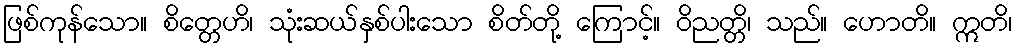
ဖြစ်ကုန်သော။ စိတ္တေဟိ၊ သုံးဆယ်နှစ်ပါးသော စိတ်တို့ ကြောင့်။ ဝိညတ္တိ၊ သည်။ ဟောတိ။ ဣတိ၊